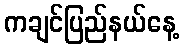
ကချင်ပြည်နယ်နေ့